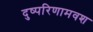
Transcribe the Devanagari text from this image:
दुष्परिणामवश